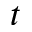
t